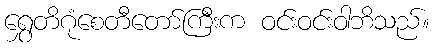
ရွှေတိဂုံစေတီတော်ကြီးက ဝင်းဝင်းဝါဘိသည်။